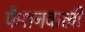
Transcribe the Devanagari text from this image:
फैशनवाली